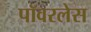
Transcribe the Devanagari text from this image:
पॉवरलेस